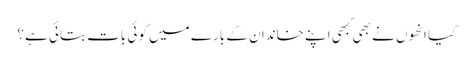
کیا انھوں نے بھی کبھی اپنے خاندان کے بارے میں کوئی بات بتائی ہے؟